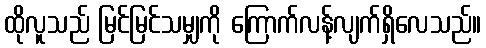
ထိုလူသည် မြင်မြင်သမျှကို ကြောက်လန့်လျက်ရှိလေသည်။